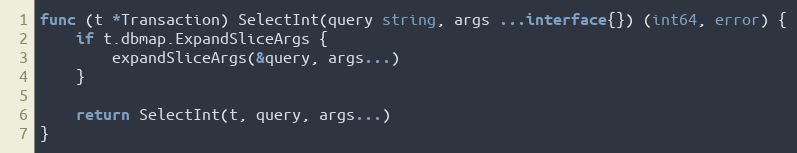
Language: Go
func (t *Transaction) SelectInt(query string, args ...interface{}) (int64, error) {
	if t.dbmap.ExpandSliceArgs {
		expandSliceArgs(&query, args...)
	}

	return SelectInt(t, query, args...)
}